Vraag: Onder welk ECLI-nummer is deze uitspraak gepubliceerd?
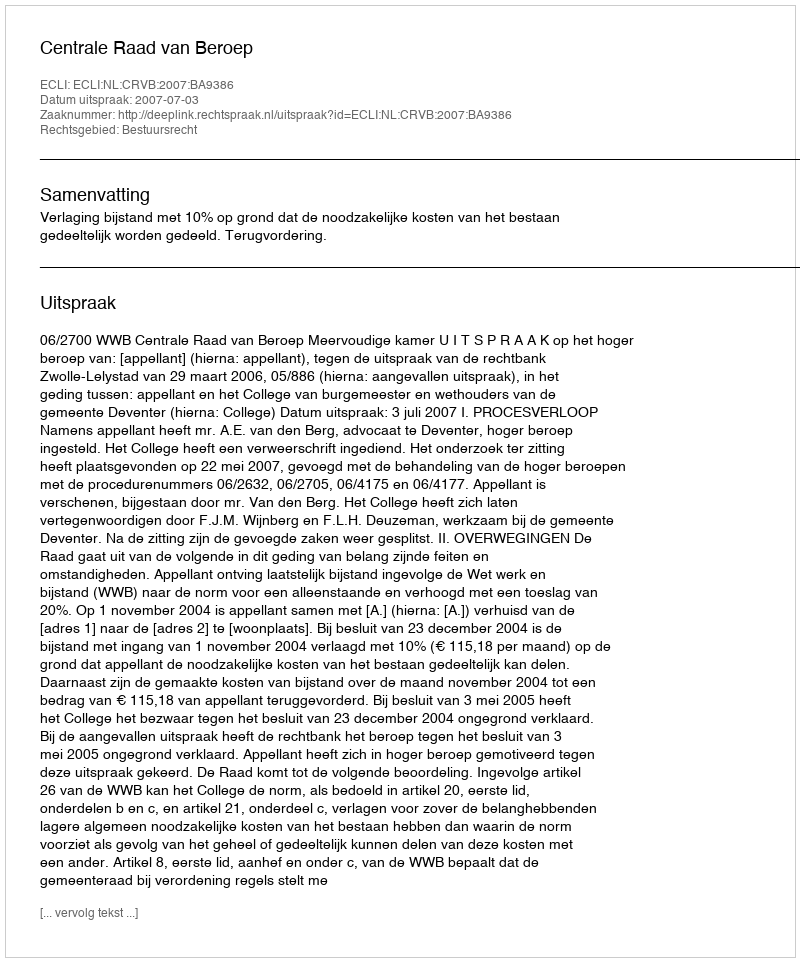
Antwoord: ECLI:NL:CRVB:2007:BA9386